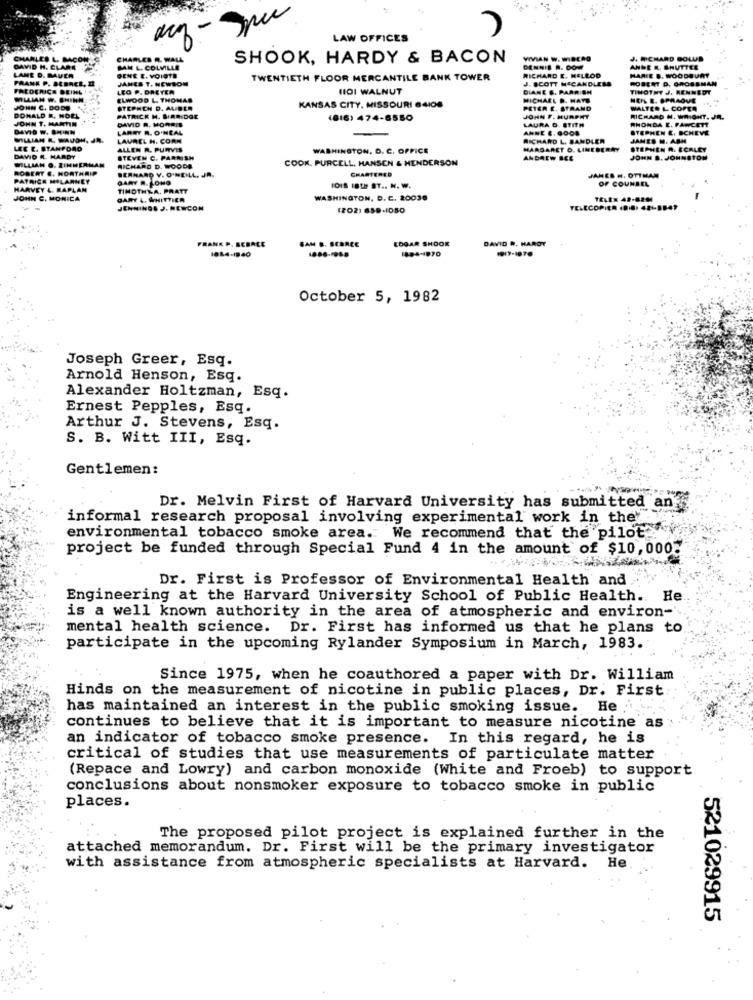
LAW OFFICES
CHARLES
SHOOK, HARDY & BACON
VIVIAN W. WIRCAO
J. RICHARD GOLD
H. CLA
D. BAVER
MM L. COLVILLE
RICHARD E. HELLOO
DENNIS A. DOM
ANDER. SHUTTER
SENE E. VOIRTE
JANES T. NEWSOM
TWENTIETH FLOOR MERCANTILE BANK TOWER
J. SCOTT MCCANDLESS
ROBERT D. GROSSMAN
HARIE B. WOODBURY
FEDERICA DEINL
LEG P. DRETER
HIDI WALNUT
DIANE &. PARRISH
TIMOTHY J. KENNEDT
WMIAN W. SHINN
ELWOOD L. THOMAS
MICHAEL D. HAYU
HEPS E. OPRAOVE
JOHN C. DODD
STEPHCH D. ALIDER
KANSAS CITY, MISSOURI 64108
PETER E. STRAND
WALTER L COPTA
DONALD R, NOEL
JOHN T. MART
PATRICK M. BIRRIDGE
DAVID R. MORRIS
(816) 474-8550
JOHN F. MURPHY
LAURA D. STITH
RICHARD N. WRIGHT. JR.
RHONDA E. FAWCETT
LARRY R. O'NEAL
ANNE E. G008
STEPHEN E. BCHEVE
MILLIAN &. WAVOH, JR.
LAUREL H. CORN
RICHARD L. BANDLER
JAMES M. ASH
LEE E. STANFORD
ALLEN R. PURVIS
WASHINGTON, D. C. OFFICE
MARGARET D. LINEDERAY
STEPHEN R. ECRLEY
DAVID #. HARDY
MILLIAN O. ZINNER
STEVEN C. PARRISH
COOK. PURCELL, HANSEN & HENDERSON
ANDREW BCE
JOHN &. JOHNSTON
ROBERT E. NORTHAI
BERNARD V. O'NEILL, JA.
RICHARD D. WOODS
CHARTERED
GARY R. LONG
JANES #, OTTHAN
OF COUNSEL
HARVEY L. RAPLAN
TIMOTHYA. PRATT
1018 18TH ST .. N. W.
JOHN C. MONICA
GARY L. WHITTIER
WASHINGTON, D. C. 20038
JENNINGS J. NEWCON
(202) 859-1080
TELECOPIER (DI8: 48-8847
FRANK P. BEBACE
SAM &. SEBREE
EDGAR SHOOK
DAVID R, HARDY
1814-1940
1894-1970
October 5, 1982
Joseph Greer, Esq.
Arnold Henson, Esq.
Alexander Holtzman, Esq.
Ernest Pepples, Esq.
Arthur J. Stevens, Esq.
S. B. Witt III, Esq.
Gentlemen:
Dr. Melvin First of Harvard University has submitted ang
informal research proposal involving experimental work in the'
environmental tobacco smoke area. We recommend that the pilot ..
project be funded through Special Fund 4 in the amount of $10,0008
Dr. First is Professor of Environmental Health and
Engineering at the Harvard University School of Public Health. He
is a well known authority in the area of atmospheric and environ-'
mental health science. Dr. First has informed us that he plans to
participate in the upcoming Rylander Symposium in March, 1983.
Since 1975, when he coauthored a paper with Dr. William
Hinds on the measurement of nicotine in public places, Dr. First
has maintained an interest in the public smoking issue. He
continues to believe that it is important to measure nicotine as
an indicator of tobacco smoke presence. In this regard, he is
critical of studies that use measurements of particulate matter
(Repace and Lowry) and carbon monoxide (White and Froeb) to support
conclusions about nonsmoker exposure to tobacco smoke in public
places.
The proposed pilot project is explained further in the
attached memorandum. Dr. First will be the primary investigator
He
with assistance from atmospheric specialists at Harvard.
521029915